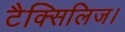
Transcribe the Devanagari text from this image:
टैक्सिलिज।